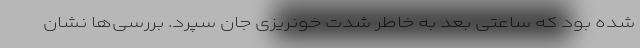
شده بود که ساعتی بعد به خاطر شدت خونریزی جان سپرد. بررسی‌ها نشان